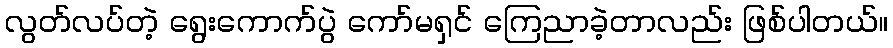
လွတ်လပ်တဲ့ ရွေးကောက်ပွဲ ကော်မရှင် ကြေညာခဲ့တာလည်း ဖြစ်ပါတယ်။